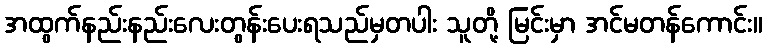
အထွက်နည်းနည်းလေးတွန်းပေးရသည်မှတပါး သူတို့ မြင်းမှာ အင်မတန်ကောင်း။